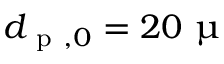
d _ { \mathrm { ~ p ~ } , 0 } = 2 0 ~ \upmu